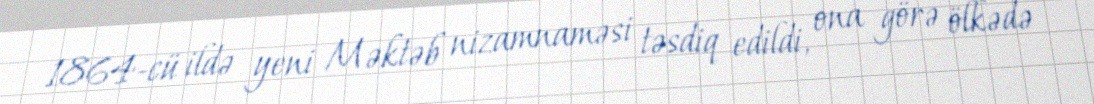
1864-cü ildə yeni Məktəb nizamnaməsi təsdiq edildi, ona görə ölkədə